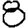
Digit: 8